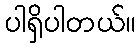
ပါရှိပါတယ်။